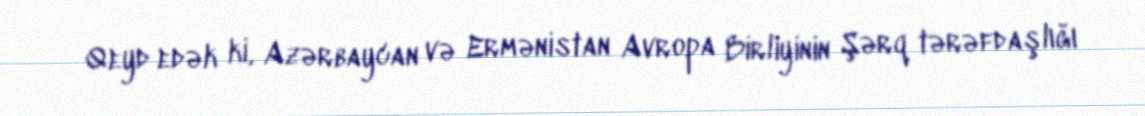
Qeyd edək ki, Azərbaycan və Ermənistan Avropa Birliyinin Şərq tərəfdaşlığı